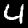
Label: 4